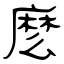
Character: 麽